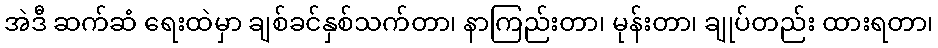
အဲဒီ ဆက်ဆံ ရေးထဲမှာ ချစ်ခင်နှစ်သက်တာ၊ နာကြည်းတာ၊ မုန်းတာ၊ ချုပ်တည်း ထားရတာ၊